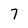
Character: 7